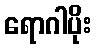
ရောဂါပိုး